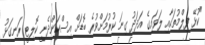
"ކުޅޭ ފިލްމުތަކާއި ލަވައިގެ އަދަދު ގިނަ ކުރުމަށްވުރެ ބޮޑަށް އިސްކަންދެނީ ކޮލިޓީ ރަނގަޅު